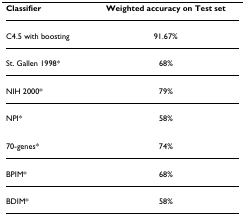
| Classifier | Weighted accuracy on Test set |
 | --- | --- |
 | C4.5 with boosting | 91.67% |
 | St. Gallen 1998* | 68% |
 | NIH 2000* | 79% |
 | NPI* | 58% |
 | 70-genes* | 74% |
 | BPIM* | 68% |
 | BDIM* | 58% |